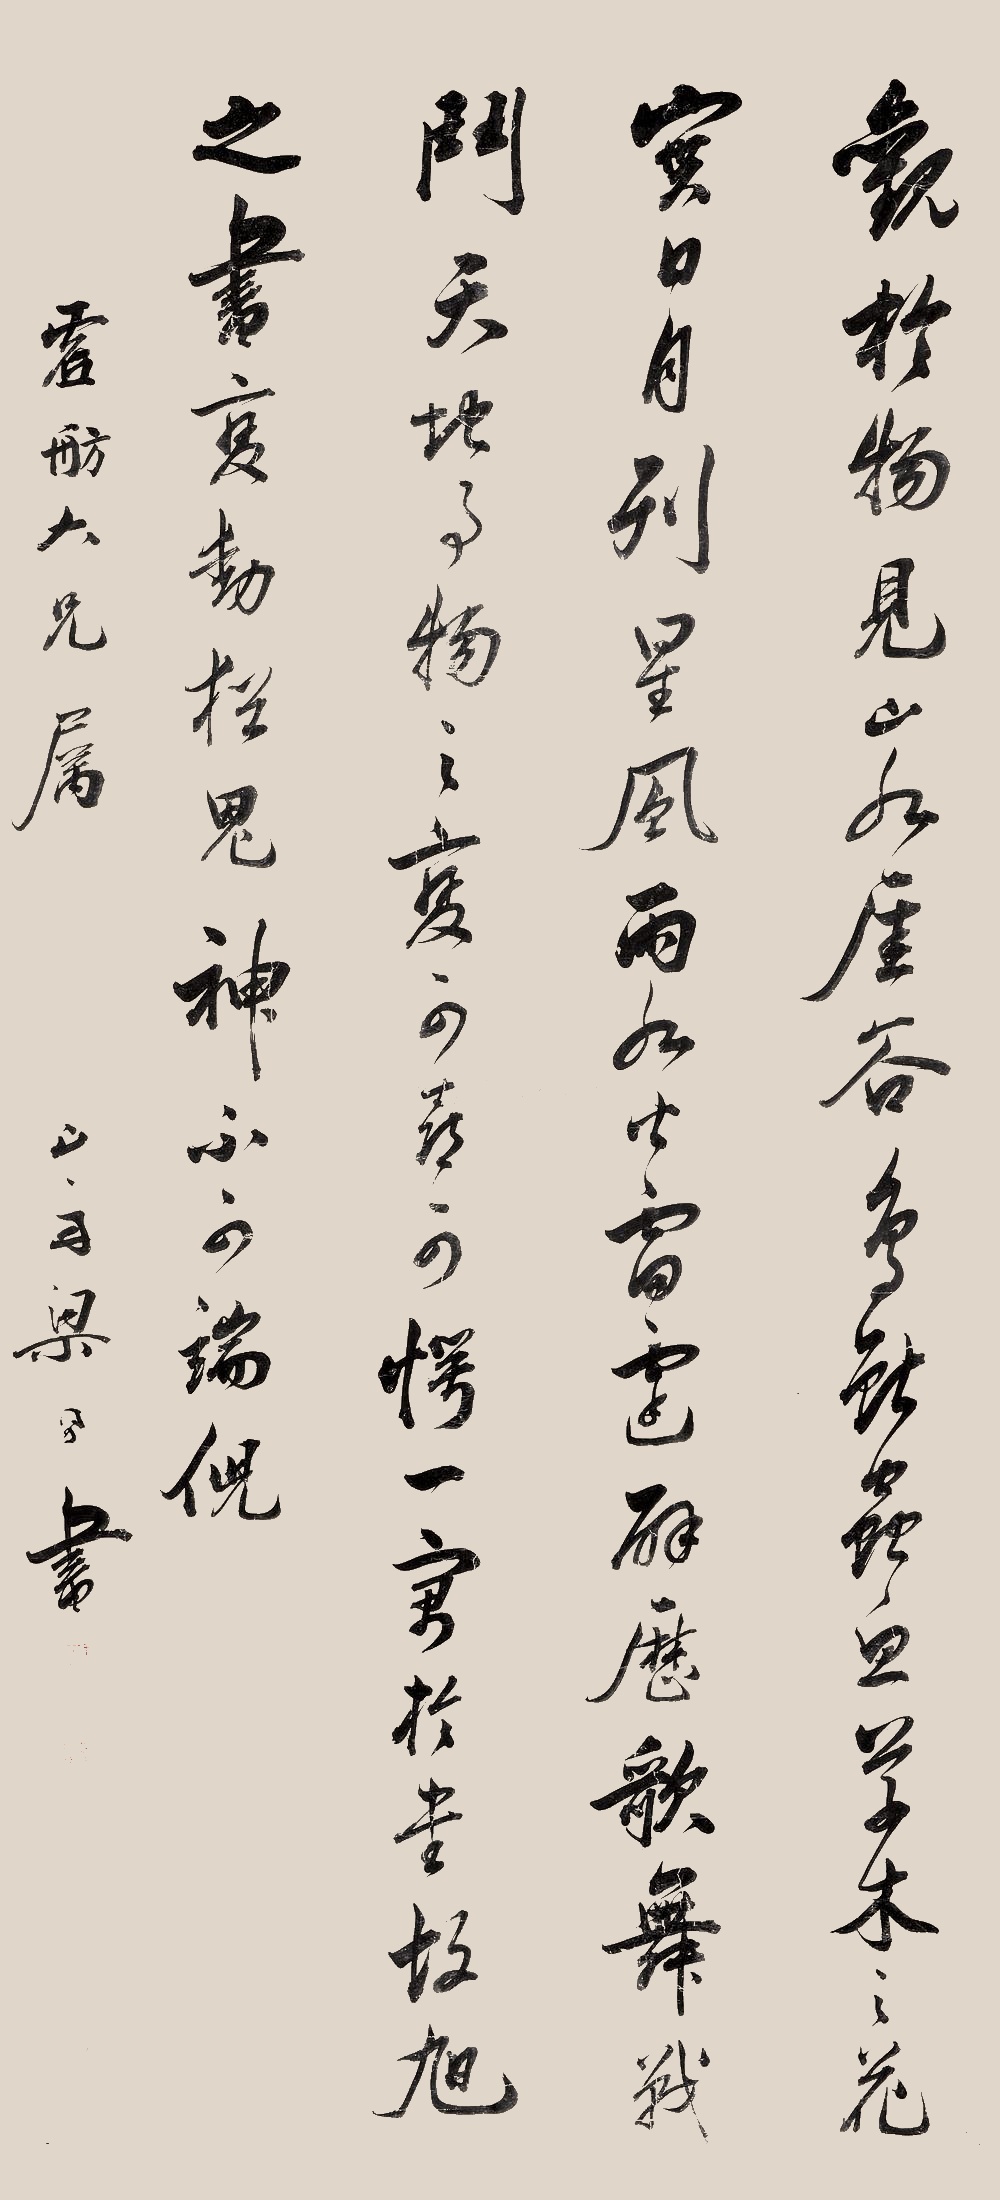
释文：观于物，见山水崖谷、鸟兽虫鱼、草木之花实、日月列星、风雨水火、雷霆霹雳、歌舞战斗、天地事物之变，可喜可愕，一寓于书，故旭之书，变动犹鬼神，不可端倪。虚舫大兄属，山舟梁同书。